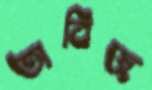
তাবিজ